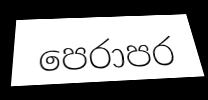
පෙරාපර